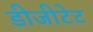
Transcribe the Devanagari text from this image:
डीजीटेट